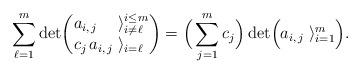
LaTeX: \begin{align*}\sum_{\ell=1}^m \det \! \left( \begin{array}{@{}l@{\;}l@{}}a_{i,\,j} & \rangle^{i\leq m}_{i\neq \ell} \\c_j\,a_{i,\,j} & \rangle_{i=\ell} \end{array} \right)=\Big( \sum_{j=1}^m c_j \Big) \det \! \Big( \begin{array}{@{}l@{\;}l@{}}a_{i,\,j} & \rangle_{i=1}^{m} \end{array} \Big).\end{align*}